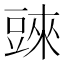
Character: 𧯲